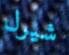
شيرل